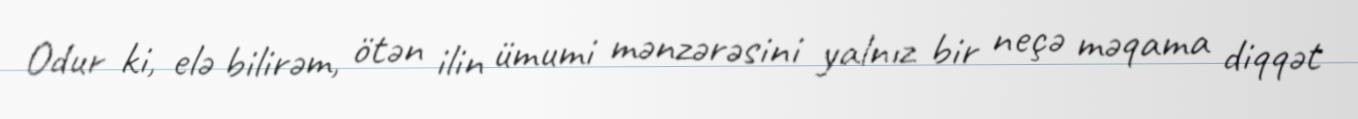
Odur ki, elə bilirəm, ötən ilin ümumi mənzərəsini yalnız bir neçə məqama diqqət